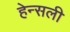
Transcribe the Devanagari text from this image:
हेन्सली